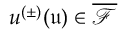
u ^ { ( \pm ) } ( \mathfrak { u } ) \in \overline { { \mathcal { F } } }